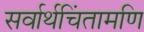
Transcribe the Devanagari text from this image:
सर्वार्थचिंतामणि